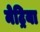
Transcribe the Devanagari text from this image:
मेट्रिया